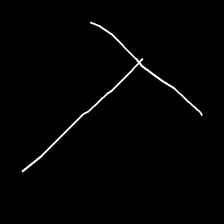
Glyph: column